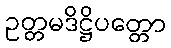
ဥတ္တမဒိဋ္ဌိပတ္တော